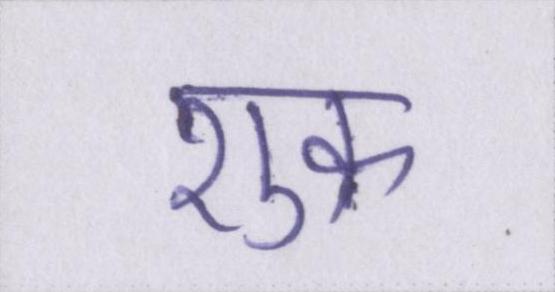
शुक्र